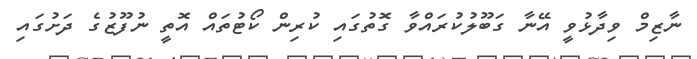
ނާޒިމް ވިދާޅުވީ އޭނާ ގަބޫލުކުރައްވާ ގޮތުގައި ކުރިން ކޯޓުތައް އޮތީ ނުފޫޒުގެ ދަށުގައި